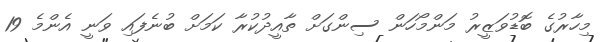
މިހާރުގެ ބޮޑުވަޒީރު މަންމޯހަން ސިންގަށް ތާއީދުކުރާ ކަމަށް ބުނެފައި ވަނީ އެންމެ 19